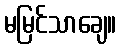
မမြင်သာချေ။